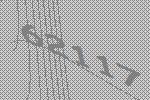
62117